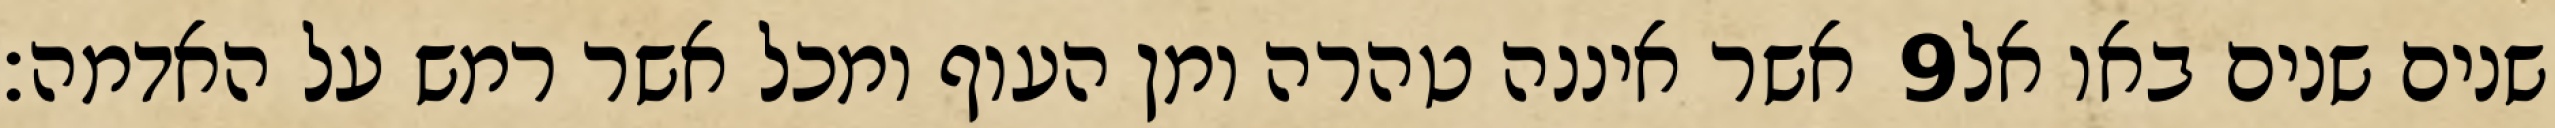
אשר איננה טהרה ומן העוף ומכל אשר רמש על האדמה׃ ‎9‏ שנים שנים באו אל